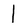
Character: l